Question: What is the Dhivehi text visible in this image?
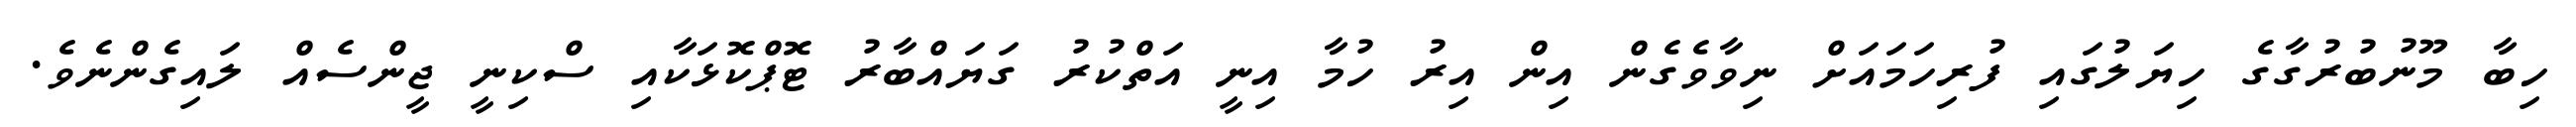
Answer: ހިބާ މޫނުބުރުގާގެ ހިޔަލުގައި ފުރިހަމައަށް ނިވާވެގެން އިން އިރު ހުމާ އިނީ އަތްކުރު ގަޔައްބާރު ޓޮޕްކޮޅަކާއި ސްކިނީ ޖީންސެއް ލައިގެންނެވެ.